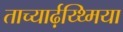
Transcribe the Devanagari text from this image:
ताच्यार्ढ़य्थ्मिया